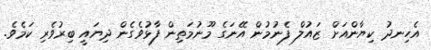
އެހިނދު ކިޔާންއަށް ޒައުލް ފެނުމުން އޭނަގެ މޫނުމަތިން ފާޅުވެގެން ދިޔައީ ބިރުވެރި ކަމެވެ.